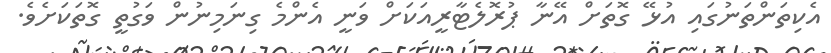
އެކިތަންތަނުގައި އުޅޭ ގޮތަށް އޭނާ ޕުރޮލެޓާރީއަކަށް ވަނީ އެންމެ ގިނަމިނުން ވަގުތީ ގޮތަކަށެވެ.